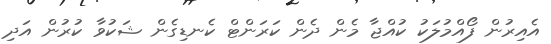
އެއިރުން ފޯއްމުލަކު ކުއްޖާ މެން ދެން ކަރަންޓް ކެނޑިގެން ޝަކުވާ ކުރުން އަދި